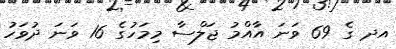
އދ ގެ 69 ވަނަ އާއްމު ޖަލްސާ މިމަހުގެ 16 ވަނަ ދުވަހު